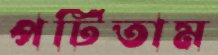
পটিতাম